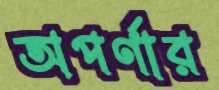
অপর্ণার